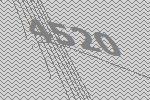
4520